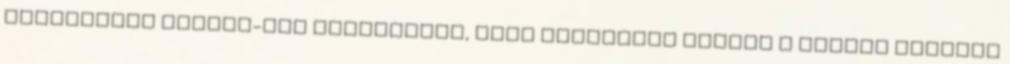
weboldalon cookie-kat használunk, amik segítenek minket a lehető legjobb